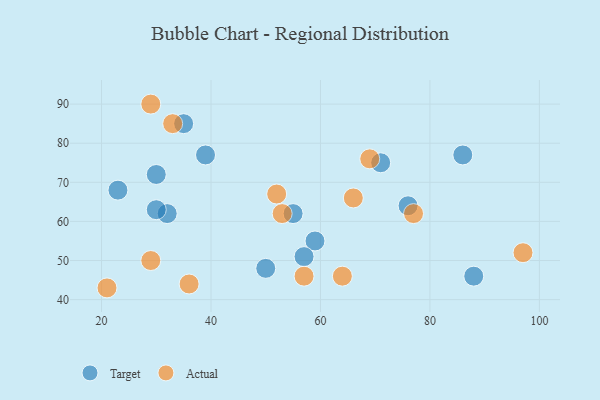
{"axis": {"x": "GDP", "y": "Life Expectancy"}, "legend": ["Actual", "Target"], "data": [{"x": "59", "y": 55, "type": "Target"}, {"x": "55", "y": 62, "type": "Target"}, {"x": "23", "y": 68, "type": "Target"}, {"x": "76", "y": 64, "type": "Target"}, {"x": "30", "y": 72, "type": "Target"}, {"x": "88", "y": 46, "type": "Target"}, {"x": "35", "y": 85, "type": "Target"}, {"x": "32", "y": 62, "type": "Target"}, {"x": "71", "y": 75, "type": "Target"}, {"x": "39", "y": 77, "type": "Target"}, {"x": "50", "y": 48, "type": "Target"}, {"x": "86", "y": 77, "type": "Target"}, {"x": "57", "y": 51, "type": "Target"}, {"x": "30", "y": 63, "type": "Target"}, {"x": "66", "y": 66, "type": "Actual"}, {"x": "97", "y": 52, "type": "Actual"}, {"x": "36", "y": 44, "type": "Actual"}, {"x": "57", "y": 46, "type": "Actual"}, {"x": "21", "y": 43, "type": "Actual"}, {"x": "69", "y": 76, "type": "Actual"}, {"x": "53", "y": 62, "type": "Actual"}, {"x": "29", "y": 90, "type": "Actual"}, {"x": "64", "y": 46, "type": "Actual"}, {"x": "52", "y": 67, "type": "Actual"}, {"x": "33", "y": 85, "type": "Actual"}, {"x": "77", "y": 62, "type": "Actual"}, {"x": "29", "y": 50, "type": "Actual"}]}